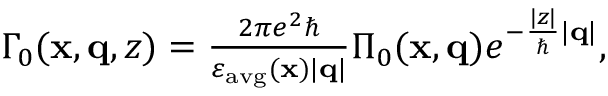
\begin{array} { r } { \Gamma _ { 0 } ( \mathbf { x } , \mathbf { q } , z ) = \frac { 2 \pi e ^ { 2 } \hbar } { \varepsilon _ { \mathrm { a v g } } ( \mathbf { x } ) | \mathbf { q } | } \Pi _ { 0 } ( \mathbf { x } , \mathbf { q } ) e ^ { - \frac { | z | } { \hbar } | \mathbf { q } | } , } \end{array}